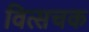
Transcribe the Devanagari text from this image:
वित्सचक